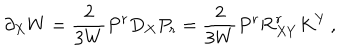
LaTeX: \partial _ { X } W = \frac { 2 } { 3 W } P ^ { r } D _ { X } P _ { r } = \frac { 2 } { 3 W } P ^ { r } { \cal R } _ { X Y } ^ { r } K ^ { Y } \, ,